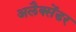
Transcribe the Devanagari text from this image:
अलैक्सेंडर